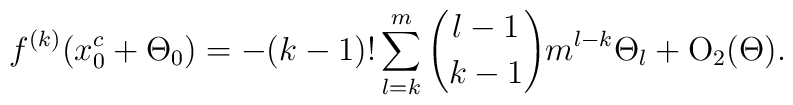
f^{(k)}(x_{0}^{c} + \Theta_0) = -(k-1)! \sum_{l=k}^{m} {l-1 \choose k-1} m^{l-k} \Theta_l + {\mbox{O}}_{2}(\Theta).